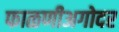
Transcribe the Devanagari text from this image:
फाळणीअगोदर